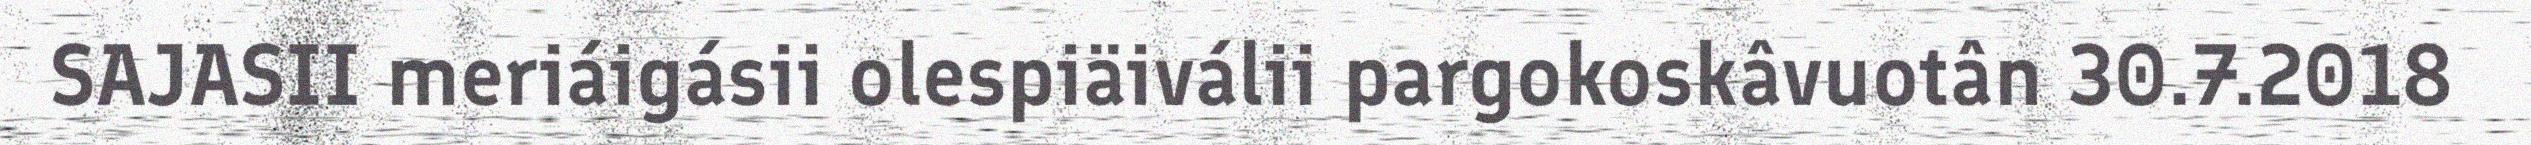
SAJASII meriáigásii olespiäiválii pargokoskâvuotân 30.7.2018